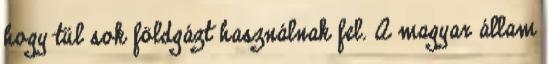
hogy túl sok földgázt használnak fel. A magyar állam